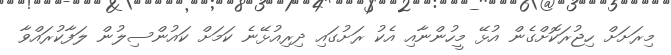
މިރަށަށް ހިޖުރަކޮށްގެން އުޅޭ މީހުންނާއި އެކު ރަށުގައި ދިރިއުޅޭނެ ކަމަށް ކައުންސިލުން ލަފާކުރައްވާ